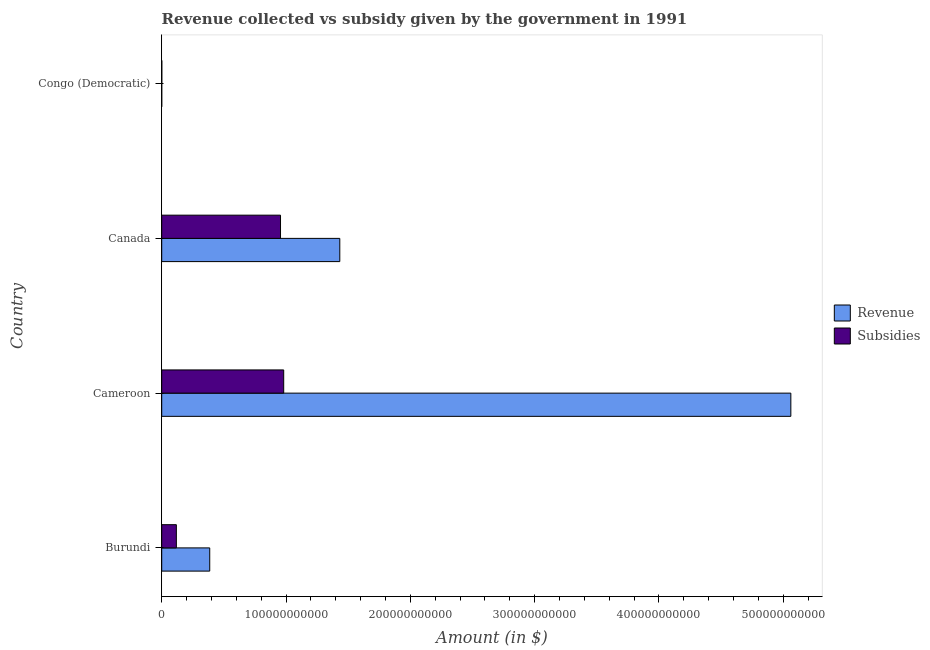
| Country | Revenue | Subsidies |
 | --- | --- | --- |
 | Burundi | 3.86e+10 | 1.18e+10 |
 | Cameroon | 5.06e+11 | 9.82e+10 |
 | Canada | 1.43e+11 | 9.56e+10 |
 | Congo (Democratic) | 23.5 | 7.05e+07 |